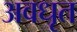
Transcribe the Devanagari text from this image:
अवधृत